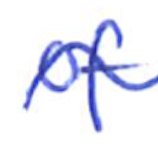
Text: of
Cross-out: mix
Writing tool: ballpoint